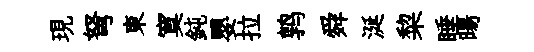
現弩東寞鈍嬰拉鹑舜涎棃睡暘